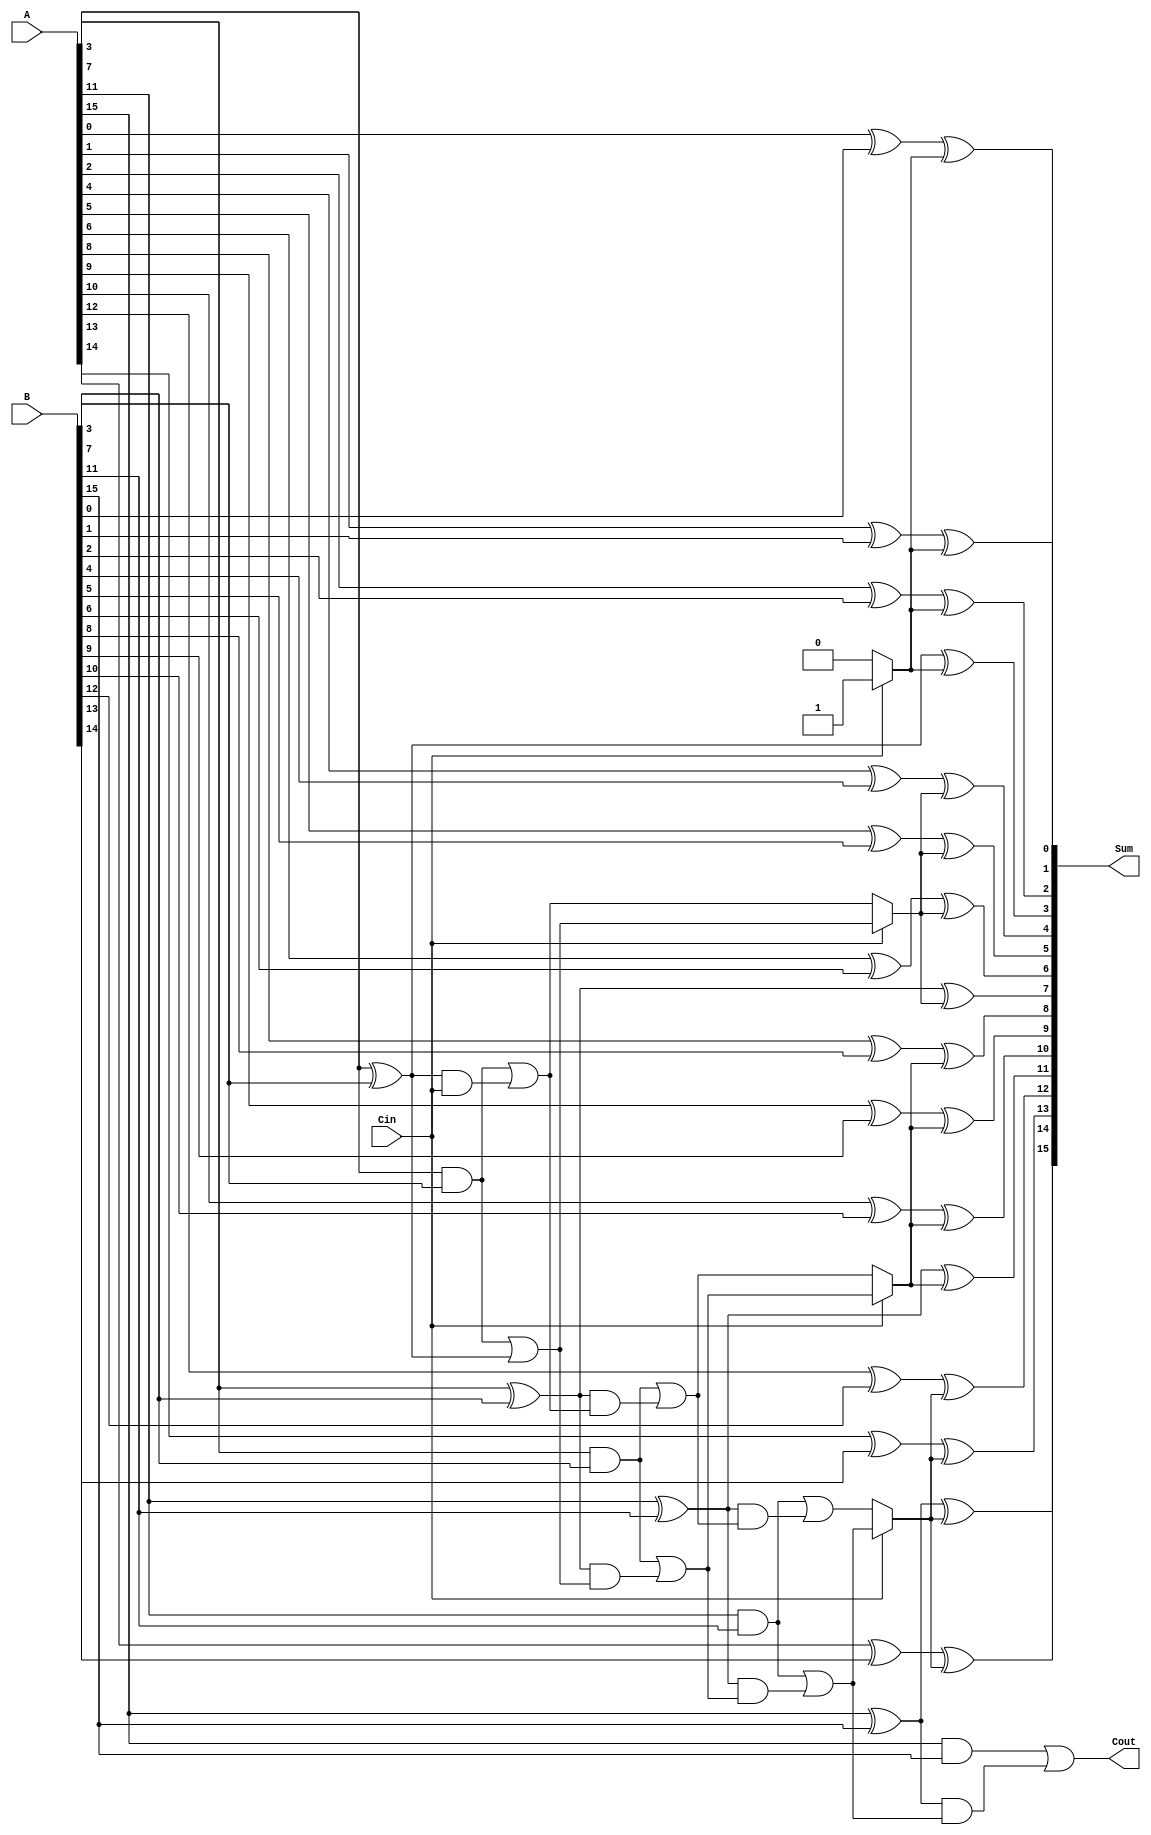
module ConditionalCarrySelectAdder #(
    parameter N = 16, // Total number of bits
    parameter M = 4    // Number of segments
) (
    input  [N-1:0] A,      // First operand
    input  [N-1:0] B,      // Second operand
    input  Cin,            // Carry-in
    output [N-1:0] Sum,    // Sum output
    output Cout            // Carry-out
);

    localparam K = N / M; // Number of bits per segment

    // Generate and propagate signals
    wire [M-1:0] G [K-1:0]; // Generate signals
    wire [M-1:0] P [K-1:0]; // Propagate signals
    wire [M:0] C0, C1;      // Carry signals for Cin = 0 and Cin = 1

    // Generate and propagate calculations
    genvar i, j;
    generate
        for (i = 0; i < M; i = i + 1) begin : segment
            for (j = 0; j < K; j = j + 1) begin : bit
                assign G[i][j] = A[i*K + j] & B[i*K + j]; // Generate
                assign P[i][j] = A[i*K + j] ^ B[i*K + j]; // Propagate
            end
        end
    endgenerate

    // Carry calculations
    assign C0[0] = Cin; // Initial carry for Cin = 0
    assign C1[0] = 1'b1; // Initial carry for Cin = 1

    generate
        for (i = 0; i < M; i = i + 1) begin : carry_calc
            assign C0[i+1] = G[i][K-1] | (P[i][K-1] & C0[i]); // Carry when Cin = 0
            assign C1[i+1] = G[i][K-1] | (P[i][K-1] & C1[i]); // Carry when Cin = 1
        end
    endgenerate

    // Sum calculation
    generate
        for (i = 0; i < M; i = i + 1) begin : sum_calc
            for (j = 0; j < K; j = j + 1) begin : sum_bit
                assign Sum[i*K + j] = P[i][j] ^ (Cin ? C1[i] : C0[i]); // Sum calculation
            end
        end
    endgenerate

    // Final carry-out
    assign Cout = C1[M]; // Final carry-out

endmodule